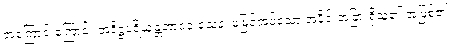
အကြောင်းကြောင့်။ အဒိဋ္ဌပရိယုန္တဘာ၀၀ သေန၊ မမြင်အပ်သော အပိုင်းအခြားရှိသူ၏ အဖြစ်၏